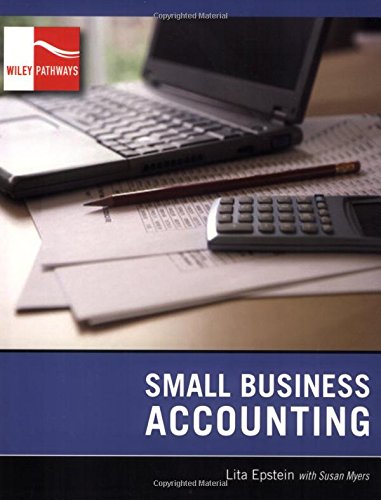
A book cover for Wiley Pathways Small Business Accounting; Lita Epstein; Business & Money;